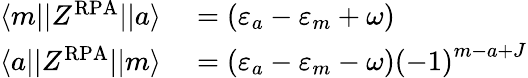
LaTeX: \begin{array}{rl}{\langle m||Z^{\mathrm{RPA}}||a\rangle}&{{}=\left(\varepsilon_{a}-\varepsilon_{m}+\omega\right)}\\ {\langle a||Z^{\mathrm{RPA}}||m\rangle}&{{}=\left(\varepsilon_{a}-\varepsilon_{m}-\omega\right)\left(-1\right)^{m-a+J}}\end{array}